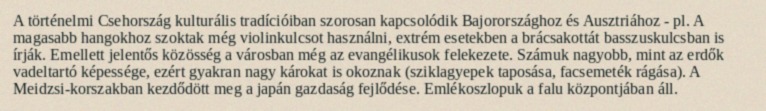
A történelmi Csehország kulturális tradícióiban szorosan kapcsolódik Bajorországhoz és Ausztriához - pl. A magasabb hangokhoz szoktak még violinkulcsot használni, extrém esetekben a brácsakottát basszuskulcsban is írják. Emellett jelentős közösség a városban még az evangélikusok felekezete. Számuk nagyobb, mint az erdők vadeltartó képessége, ezért gyakran nagy károkat is okoznak (sziklagyepek taposása, facsemeték rágása). A Meidzsi-korszakban kezdődött meg a japán gazdaság fejlődése. Emlékoszlopuk a falu központjában áll.